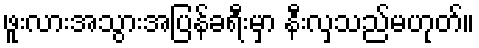
ဖူးလားအသွားအပြန်ခရီးမှာ နီးလှသည်မဟုတ်။